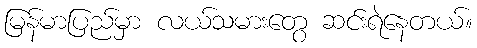
မြန်မာပြည်မှာ လယ်သမားတွေ ဆင်းရဲနေတယ်။